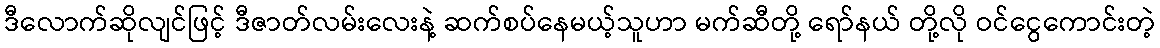
ဒီလောက်ဆိုလျင်ဖြင့် ဒီဇာတ်လမ်းလေးနဲ့ ဆက်စပ်နေမယ့်သူဟာ မက်ဆီတို့ ရော်နယ် တို့လို ဝင်ငွေကောင်းတဲ့